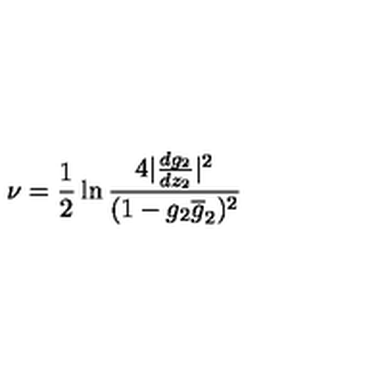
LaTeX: \nu = { \frac { 1 } { 2 } } \ln \frac { 4 | \frac { d g _ { 2 } } { d z _ { 2 } } | ^ { 2 } } { ( 1 - g _ { 2 } \overline { g } _ { 2 } ) ^ { 2 } }